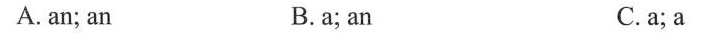
A. an; an B. a; an C. a; a